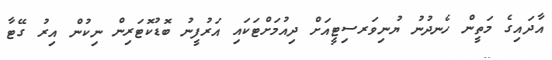
އާދައިގެ މަތީން ހެނދުނު ޔުނިވަރސިޓީއަށް ދިއުމަށްޓަކައި އަރުފީނު ބޮޑުކޮޓަރިން ނިކުން އިރު ގޭޓާ